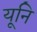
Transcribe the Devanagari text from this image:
यूनि